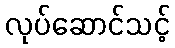
လုပ်ဆောင်သင့်